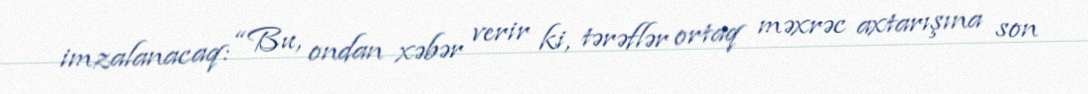
imzalanacaq: “Bu, ondan xəbər verir ki, tərəflər ortaq məxrəc axtarışına son